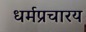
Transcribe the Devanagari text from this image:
धर्मप्रचारय